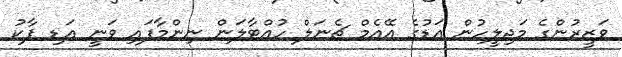
ވަޒީރުންގެ މަޖިލީހުން އަޑުގެ އޭއެމް ޗެނަލް ހުއްޓާލަން ނިންމާފައި ވަނީ އަޑި ޕާކު